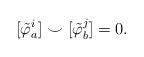
LaTeX: \begin{align*}[\tilde{\varphi}_a^i]\smile[\tilde{\varphi}_b^j] = 0.\end{align*}